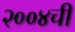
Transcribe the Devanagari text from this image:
२००४ची